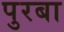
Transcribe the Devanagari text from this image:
पुरबा